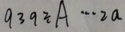
9 3 9 \div A \cdots 2 a